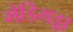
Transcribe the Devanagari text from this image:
मेडिगड्डा